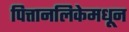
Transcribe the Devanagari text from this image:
पित्तानलिकेमधून